King Institute of Preventive Medicine Micro-Biological Section reports 1909-11
Year: 1909
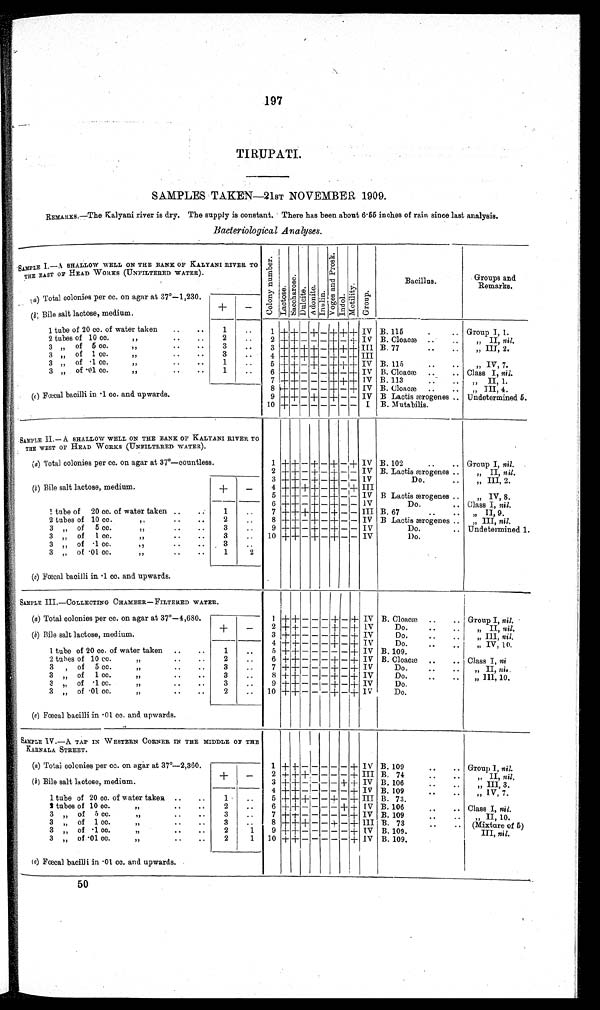
197
TIRUPATI
SAMPLES TAKEN—21ST NOVEMBER 1909.
REMARKS.—The Kalyani river is dry. The supply is constant. There has been about 6 . 55 inches of rain since last analysis.
Bacteriological Analyses.
SAMPLE I.—A SHALLOW WELL ON THE BANK OF KALYANI RIVER TO
THE EAST OF HEAD WORKS (UNFILTERED WATER).
C o l o n y n u m b e r .
L a c t o s e .
S a c c h a r o s e .
D u l c i t e . A d o n i t e . I n u l i n .
V o g e s a n d P r o s k .
I n d o l .
M o t i l i t y .
G r o u p .
Bacillus.
Groups and
Remarks.
(a) Total colonies per cc. on agar at 37°—1,230.
+
—
( b) Bile salt lactose, medium.
1
+ + - + - + + + IV
B . 1 1 5 . . .
Group I, 1.
1 tube of 20 cc. of water taken ..
..
1
. .
2 tubes of 10 cc. ,, .. ..
2
. .
„ II, nil.
2 + + - - - + - + IV B. Cloacæ ..
..
3 ,, of 5 cc.
,,
..
..
3
..
B. 77
..
..
„ III, 2.
3 + + + + - + + + III
3 ,, of 1 cc.
,,
..
..
3
. .
4 + + + + - + - + III
1
. .
3 ,, of
. 1
c c .
,,
..
..
B. 115
..
.. „ IV, 7.
5 + + - + - + + + IV
3 „ of .01 cc.
,,
..
..
1
..
B. Cloacæ..
..
6 + + - - - + - + IV
Class I, nil.
7 + + - - - + + + IV B. 113
. „ II, 1.
(c) Fœcal bacilli in •1 cc. and upwards.
B. Cloacæ..
..
8 + + - - - + - + IV
„ III, 4.
9 + + - + - + - - IV B Lactis ærogenes .. Undetermined 5.
10 + - - - - - - - I B. Mutabilis.
SAMPLE II .— A SHALLOW WELL ON THE BANK OF KALYANI RIVER TO
THE WEST OF HEAD WORKS (UNFILTERED WATER).
1
+
+
- + - + - + IV B. 102
..
.. Group I, nil.
(a) Total colonies per cc. on agar at 37°—countless.
2 + +
- + - + - - IV B. Lactisærogenes ..
„ II, nil.
(b) Bile salt lactose, medium.
+
-
3 + + -
+
- + - + IV
Do.
..
„III, 2.
4 + + + + - + - - III
5 + + - + - + - - IV B Lactis ærogenes ..
„ IV, 8.
1
tube of 20 cc. of water taken . . . .
1
..
Do.
..
6 + + - + - + - - IV
Class I, nil.
7 + + + + - + - - I I I B. 67
..
..
„ II, 9.
2
2 tubes of 10 cc.
, , . . . .
. .
8 + + - + - + - - IV B Lactis ærogenes .. „ III, nil.
Do.
..
3
. .
9 + + - + - + - - IV
3 „ of 5 cc.
,,
..
..
Undetermined 1.
3 „ of 1 cc.
,,
..
..
..
Do.
3
10
+
+ - + - + - - IV
3
. .
3 ,, of • 1 cc.
,,....
..
3 „ of .0 1
c c .
,,
..
..
1
2
(c) Fœcal bacilli in .1 cc. and upwards.
SAMPLE III.—COLLECTING CHAMBER—FILTERED WATER.
1
+
+ - - - + - + IV B. Cloacæ ..
.. Group I, nil.
(a) Total colonies per cc. on agar at 37°—4,680.
+
-
Do.
..
. .
2 + + - - - + - + IV
„ II, nil.
(b) Bile salt lactose, medium.
3 + + - - - + - + IV
Do.
.. ,, III, nil,
Do.
.. ..
4 + + - - - + - + IV
1
tube of 20 cc. of water taken ..
..
1
..
„ IV, 10,
5 + + - - - - - + IV B. 109.
2 tuhes t
10
of cc .
, , . . . .
2
B. Cloacæ..
..
..
6 + + - - - + - + IV
Class I, n i l
3 ,, of 5 cc.
,,
..
3
. .
Do.
..
..
7 + + - - - + - + IV
,, II, nil.
3
. .
3 ,, of 1 cc.
,, .. ..
8 + + - - - + - + IV
Do.
..
.. „ III , 10.
3
Do.
3 „ of .1 cc.
,, ..
9 + + - - - + - + IV
..
Do.
3 „ of .01 cc.
,,
..
..
2
.. 10 + + - - - + - + IV
(c) Fœcal bacilli in • 01 cc. and upwards.
SAMPLE IV.—A TAP IN WESTERN CORNER IN THE MIDDLE OF THE
KARNALA STREET .
1 + +
- - - - -
+ IV B. 109
..
.. Group I, nil.
(a )
T o t a l c o l o n i e s p e r c c
.
o n a g a r a t 3 7°— 2 , 3 6 0 .
+
-
2 + + + - - - - + III B. 74
..
..
„ II, nil.
(b) Bile salt lactose, medium.
3 + + - - - - + + IV B. 106
. . . .
„ III, 3.
1 tube of 20 cc. of water taken ..
..
1
..
B. 109
..
..
4 + + - - - - - + IV
,, IV, 7.
5 + + + - - + - + III B. 73.
2 tubes of 10 cc.
, , . . . .
. .
6 + + - - - - + + [V B. 106
..
..
2
Class I, nil.
3 ,, of 5 cc.
,,
..
..
3
7 + + - -
- - - + IV
. .
B. 109
..
.. ,, II , 10.
8 + + + - - + - + III B. 73
..
..
3
, , of 1 ce.
, , . . . .
3
. .
(Mixture of 5)
1
3
,, of .1 cc.
, , . . . .
2
9 + + - - - - - + IV B.109.
III, n i l
2
3
„ of .01 cc.
,,
..
..
1
B. 109.
10
+
+
- - - - -
+ IV
(C) Fœcal bacilli in .01 cc. and upwards.
50